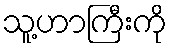
သူ့ဟာကြီးကို